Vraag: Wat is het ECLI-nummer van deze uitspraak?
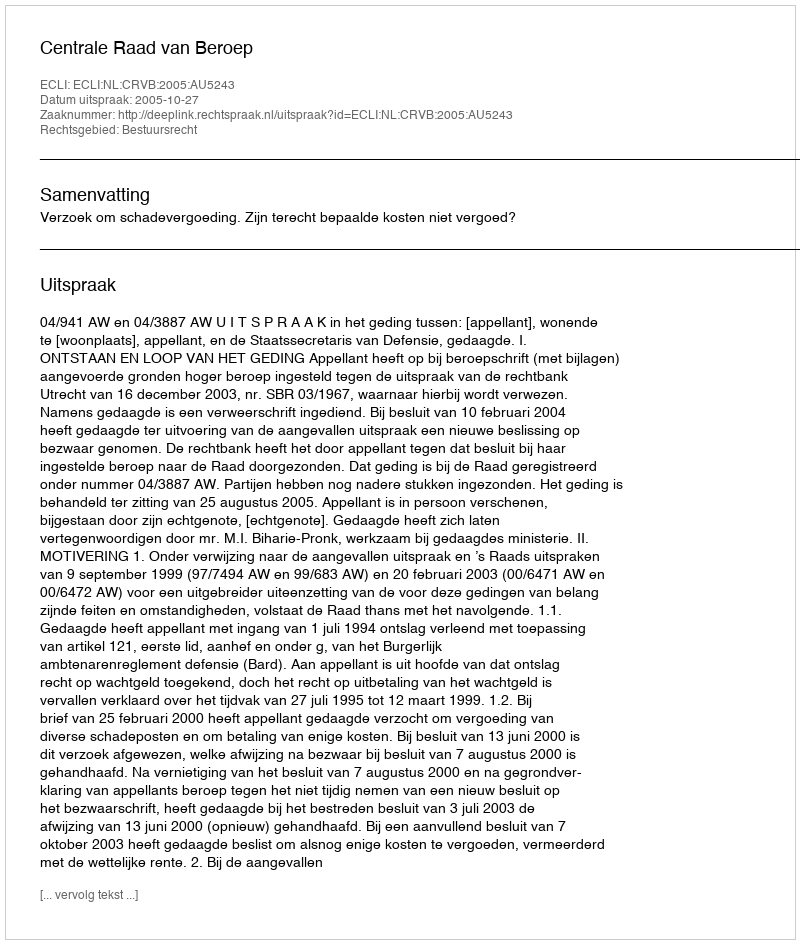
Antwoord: ECLI:NL:CRVB:2005:AU5243